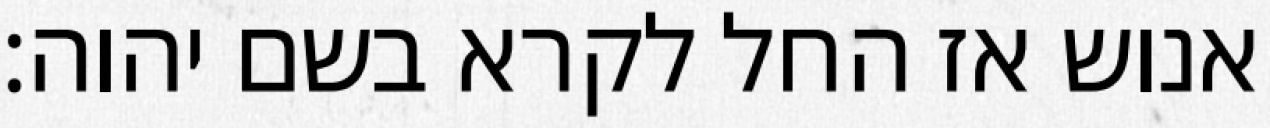
אנוש אז החל לקרא בשם יהוה׃